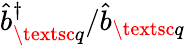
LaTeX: \hat{b}_{\textsc{q}}^{\dagger}/\hat{b}_{\textsc{q}}